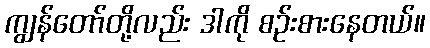
ကျွန်တော်တို့လည်း ဒါကို စဉ်းစားနေတယ်။